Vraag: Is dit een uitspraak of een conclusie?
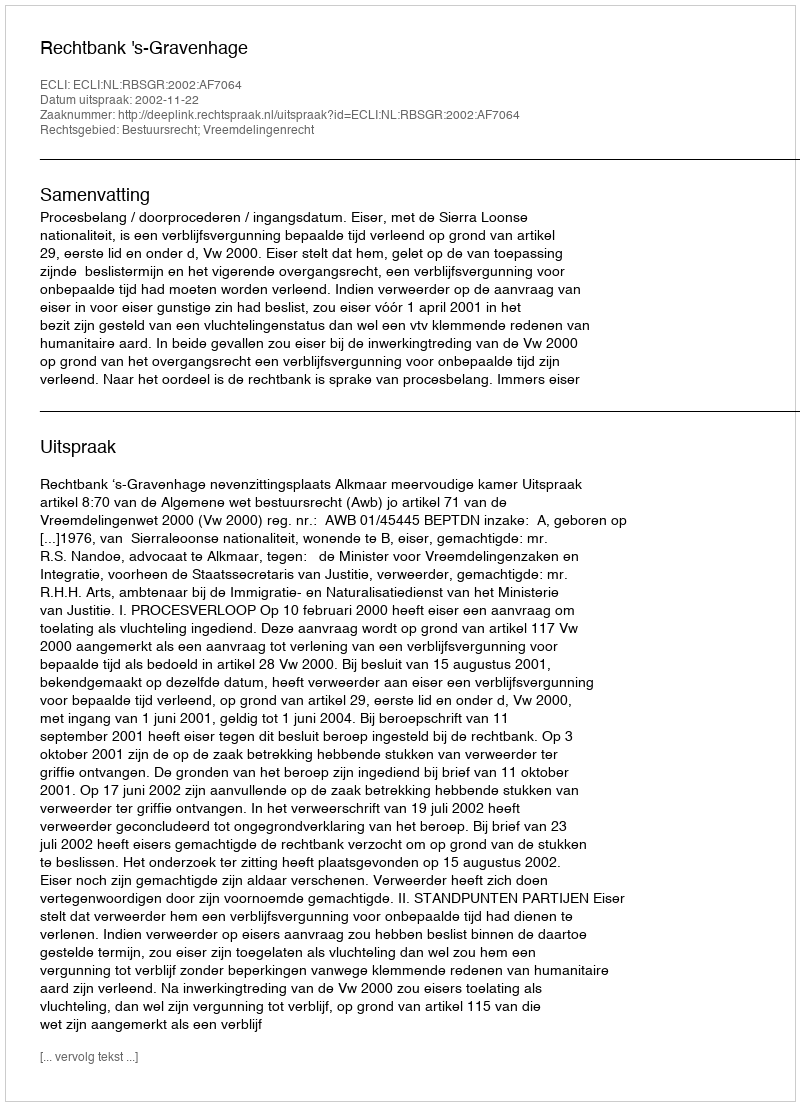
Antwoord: Uitspraak